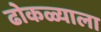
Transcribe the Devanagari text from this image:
ढोकळ्याला